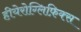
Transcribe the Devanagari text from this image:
हीयेरोग्लिफ़िक्स